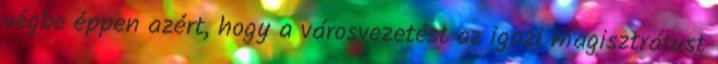
végbe éppen azért, hogy a városvezetést az igazi magisztrátust